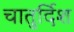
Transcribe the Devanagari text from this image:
चातुर्दिश